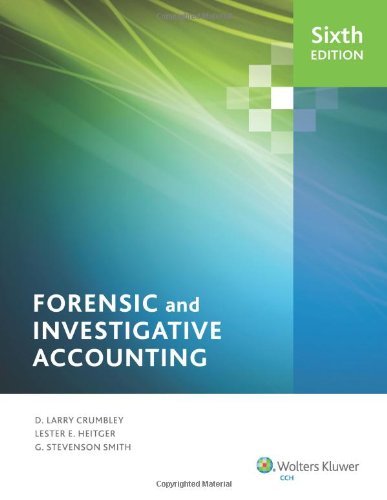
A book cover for Forensic and Investigative Accounting (6th Edition); PhD, CPA, CFF, CrFA Professor D. Larry Crumbley; Law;